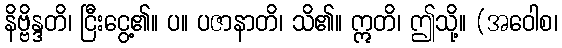
နိဗ္ဗိန္ဒတိ၊ ငြီးငွေ့၏။ ပ။ ပဇာနာတိ၊ သိ၏။ ဣတိ၊ ဤသို့။ (အဝေါစ၊